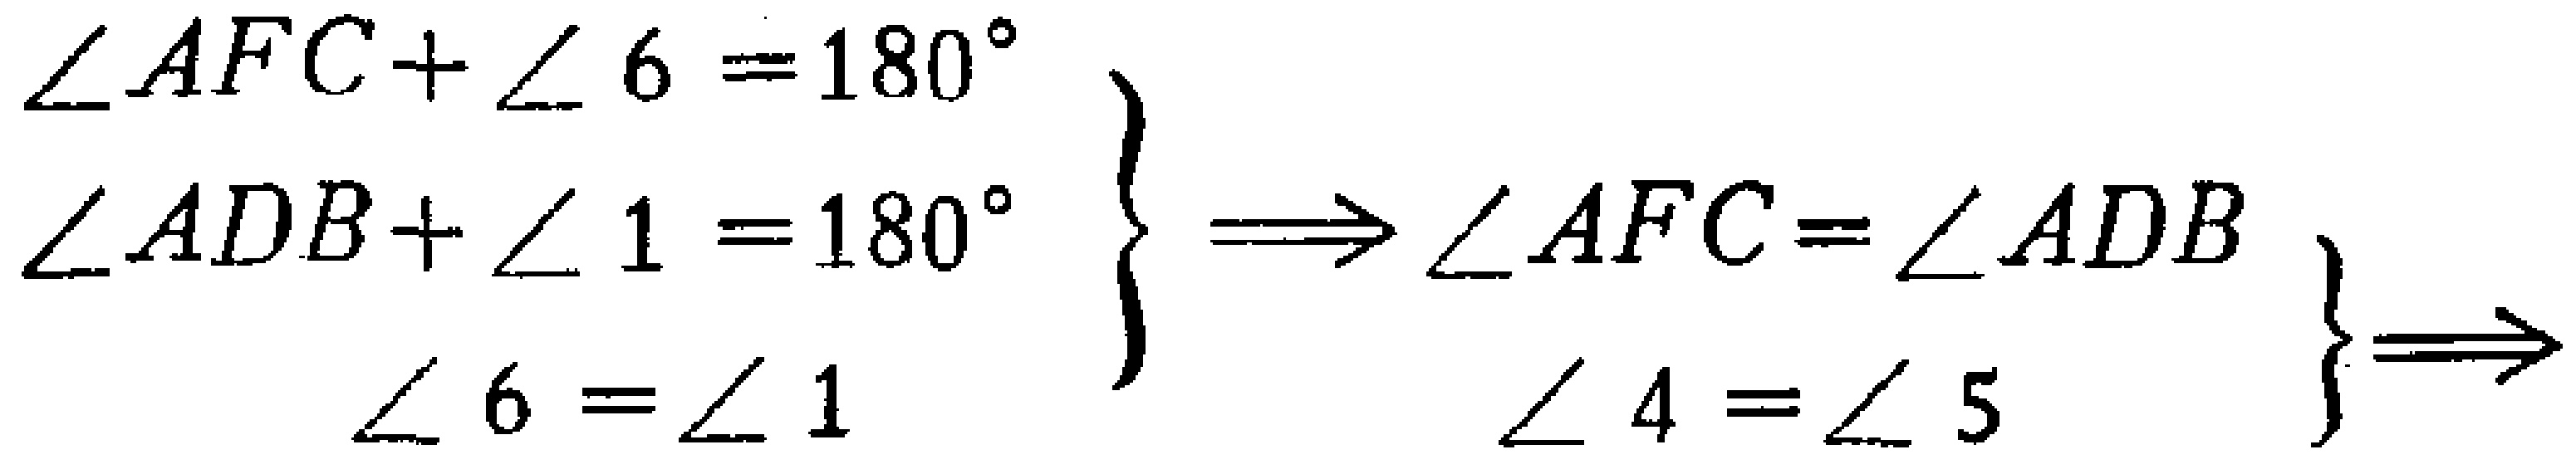
\[
\begin{cases}
\angle AFC+\angle 6 = 180^{\circ}\\
\angle ADB+\angle 1 = 180^{\circ}\\
\angle 6=\angle 1
\end{cases}
\Rightarrow
\begin{cases}
\angle AFC=\angle ADB\\
\angle 4=\angle 5
\end{cases}
\Rightarrow
\]